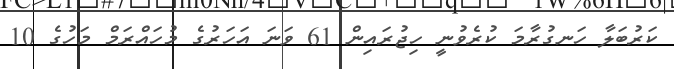
ކަރުބަލާ ހަނގުރާމަ ކުރެވުނީ ހިޖުރައިން 61 ވަނަ އަހަރުގެ މުހައްރަމް މަހުގެ 10